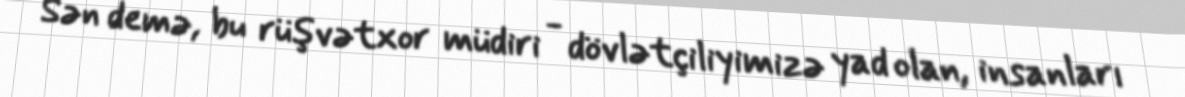
Sən demə, bu rüşvətxor müdiri - dövlətçiliyimizə yad olan, insanları